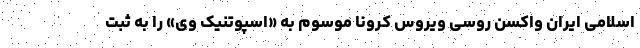
اسلامی ایران واکسن روسی ویروس کرونا موسوم به «اسپوتنیک وی» را به ثبت